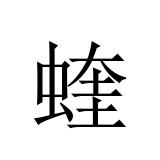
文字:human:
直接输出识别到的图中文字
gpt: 蝰